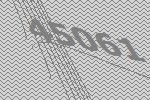
45061